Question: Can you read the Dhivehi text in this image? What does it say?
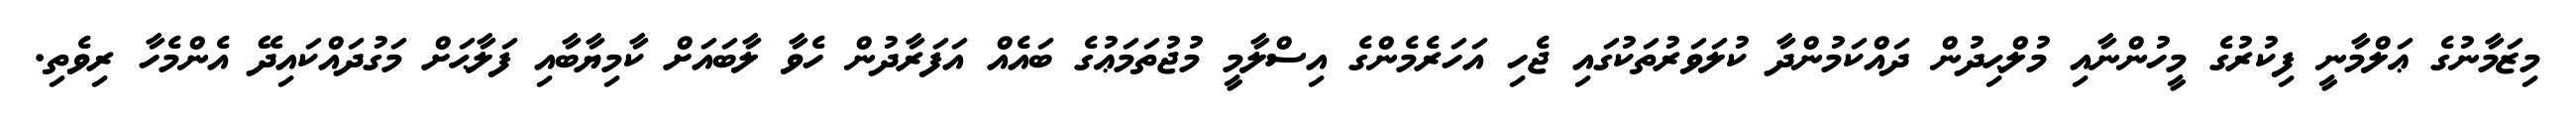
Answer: މިޒަމާނުގެ ޢަލްމާނީ ފިކުރުގެ މީހުންނާއި މުލްޙިދުން ދައްކަމުންދާ ކުލަވަރުތަކުގައި ޖެހި އަހަރެމެންގެ އިސްލާމީ މުޖުތަމަޢުގެ ބައެއް އަފަރާދުން ހެވާ ލާބައަށް ކާމިޔާބާއި ފަލާޙަށް މަގުދައްކައިދޭ އެންމެހާ ރިވެތި.